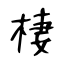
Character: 棲